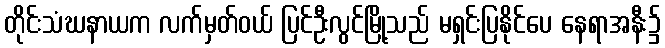
တိုင်းသံဃနာယက လက်မှတ်ဝယ် ပြင်ဦးလွင်မြို့သည် မရှင်းပြနိုင်ပေ နေရာအနီး၌